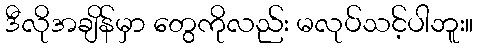
ဒီလိုအချိန်မှာ တွေကိုလည်း မလုပ်သင့်ပါဘူး။